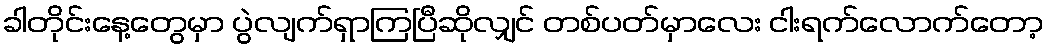
ခါတိုင်းနေ့တွေမှာ ပွဲလျက်ရှာကြပြီဆိုလျှင် တစ်ပတ်မှာလေး ငါးရက်လောက်တော့